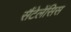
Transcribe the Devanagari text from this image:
सैंटेलेंसिस